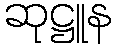
ဆုဋ္ဌူန